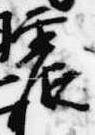
震